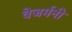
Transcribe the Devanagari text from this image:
वेजर्मनी